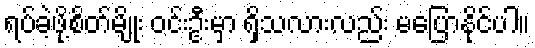
ရပ်ခဲ့ဖို့စိတ်မျိုး ဝင်းဦးမှာ ရှိသလားလည်း မပြောနိုင်ပါ။